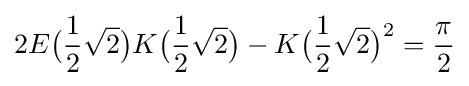
2E{\bigl (}{\frac {1}{2}}{\sqrt {2}}{\bigr )}K{\bigl (}{\frac {1}{2}}{\sqrt {2}}{\bigr )}-K{\bigl (}{\frac {1}{2}}{\sqrt {2}}{\bigr )}^{2}={\frac {\pi }{2}}